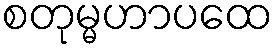
စတုမ္မဟာပထေ